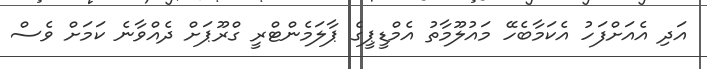
އަދި އެއަށްފަހު އެކަމާބެހޭ މައުލޫމާތު އެމްޑީޕީގެ ޕާލަމެންޓްރީ ގްރޫޕަށް ދެއްވާނެ ކަމަށް ވެސް